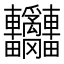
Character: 𨐄